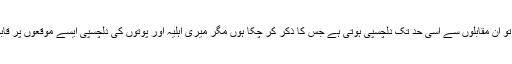
چنانچہ مجھے تو ان مقابلوں سے اسی حد تک دلچسپی ہوتی ہے جس کا ذکر کر چکا ہوں مگر میری اہلیہ اور پوتوں کی دلچسپی ایسے موقعوں پر قابل دید ہوتی ہے۔